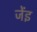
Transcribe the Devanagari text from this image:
जेंइ